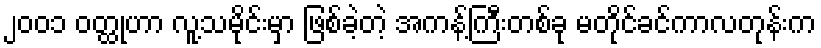
၂၀၀၁ ဝတ္ထုဟာ လူ့သမိုင်းမှာ ဖြစ်ခဲ့တဲ့ အကန့်ကြီးတစ်ခု မတိုင်ခင်ကာလတုန်းက